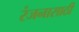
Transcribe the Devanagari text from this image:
रंजनासाठी